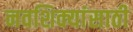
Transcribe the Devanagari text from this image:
नवशिक्यांसाठी